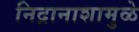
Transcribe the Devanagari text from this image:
निद्रानाशामुळे